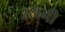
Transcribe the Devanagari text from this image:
उसनी